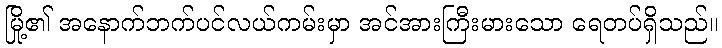
မြို့၏ အနောက်ဘက်ပင်လယ်ကမ်းမှာ အင်အားကြီးမားသော ရေတပ်ရှိသည်။